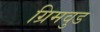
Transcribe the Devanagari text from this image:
ग्रिमवुड